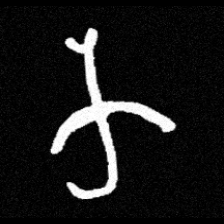
Pyu character \u2014 Myanmar letter: က (romanized: ka)